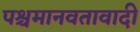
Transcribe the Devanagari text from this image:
पश्चमानवतावादी